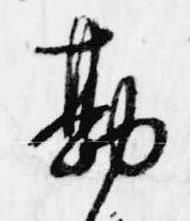
勘